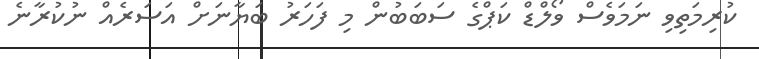
ކުރިމަތިވި ނަމަވެސް ވޯލްޑް ކަޕްގެ ސަބަބުން މި ފަހަރު ބަޔާނަށް އަސަރެއް ނުކުރާނެ